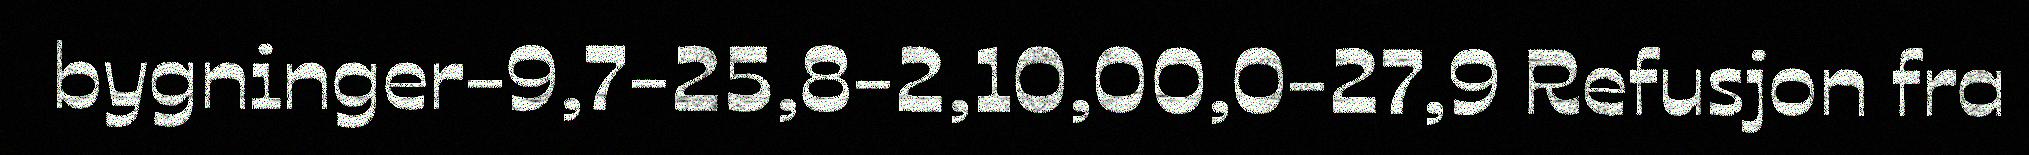
bygninger-9,7-25,8-2,10,00,0-27,9 Refusjon fra